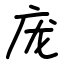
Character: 庞